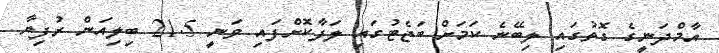
އާމްދަނީގެ ގޮތުގައި ލިބޭނެ ކަަމަށް ބަޖެޓުގައި ލަފާކޮށްފައި ވަނީ 21.5 ބިލިއަން ރުފިޔާ